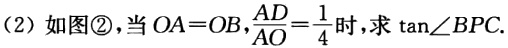
(2) 如图\textcircled{2}，当 \(OA = OB\)，\(\frac{AD}{AO}=\frac{1}{4}\) 时，求 \(\tan\angle BPC\).